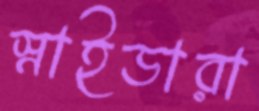
স্নাইডারা